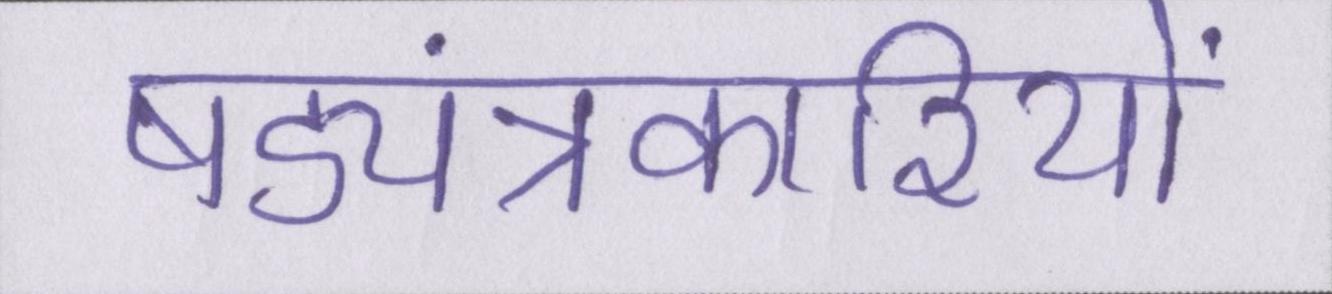
षड्यंत्रकारियों